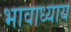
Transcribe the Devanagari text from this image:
भावाध्याय